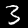
Label: 3